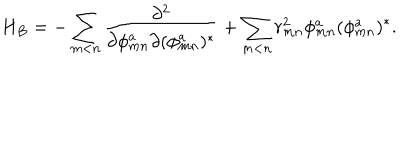
H _ { B } = - \sum _ { m < n } \frac { \partial ^ { 2 } } { \partial \phi _ { m n } ^ { a } \partial ( \phi _ { m n } ^ { a } ) ^ { * } } + \sum _ { m < n } r _ { m n } ^ { 2 } \phi _ { m n } ^ { a } ( \phi _ { m n } ^ { a } ) ^ { * } .